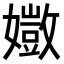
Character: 𫲈